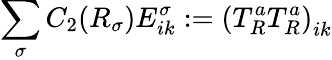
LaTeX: \sum_{\sigma}C_{2}(R_{\sigma})E_{ik}^{\sigma}:=\left(T_{R}^{a}T_{R}^{a}\right)_{ik}